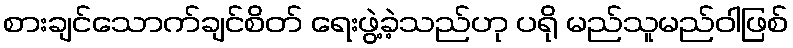
စားချင်သောက်ချင်စိတ် ရေးဖွဲ့ခဲ့သည်ဟု ပရို မည်သူမည်ဝါဖြစ်